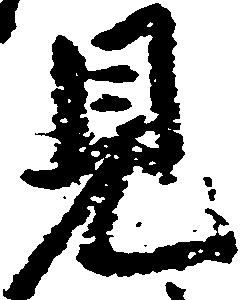
見